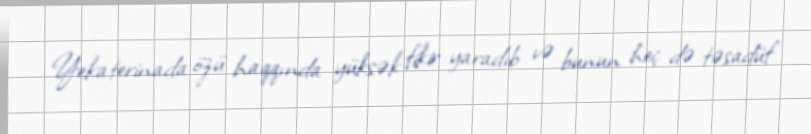
Yekaterinada özü haqqında yüksək fikir yaradıb və bunun heç də təsadüf